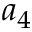
a _ { 4 }